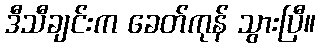
ဒီသီချင်းက ခေတ်ကုန် သွားပြီ။